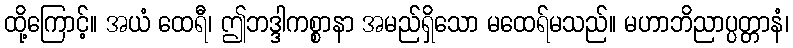
ထို့ကြောင့်။ အယံ ထေရီ၊ ဤဘဒ္ဒါကစ္စာနာ အမည်ရှိသော မထေရ်မသည်။ မဟာဘိညာပ္ပတ္တာနံ၊